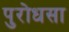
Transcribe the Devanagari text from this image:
पुरोधसा